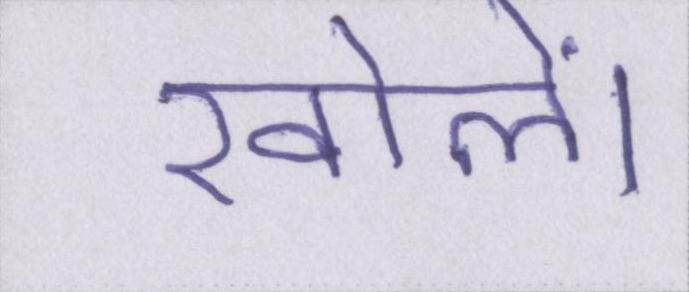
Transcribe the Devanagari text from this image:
खोलें।